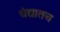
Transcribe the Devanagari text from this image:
धंद्यातच